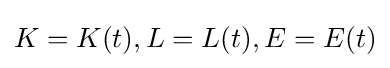
K=K(t),L=L(t),E=E(t)